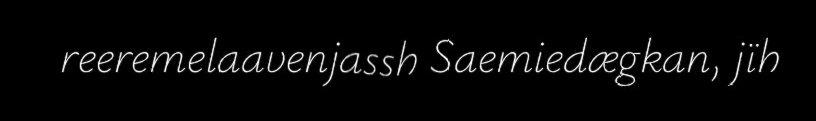
reeremelaavenjassh Saemiedægkan, jïh